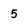
Character: 5